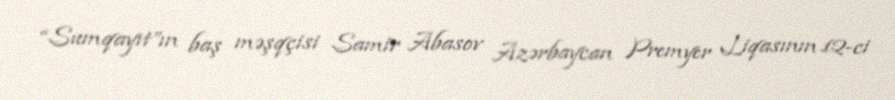
“Sumqayıt”ın baş məşqçisi Samir Abasov Azərbaycan Premyer Liqasının 12-ci